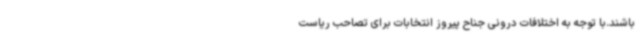
باشند.با توجه به اختلافات درونی جناح پیروز انتخابات برای تصاحب ریاست